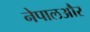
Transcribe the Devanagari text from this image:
नेपालऔर